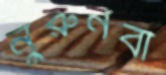
নুরুনবী